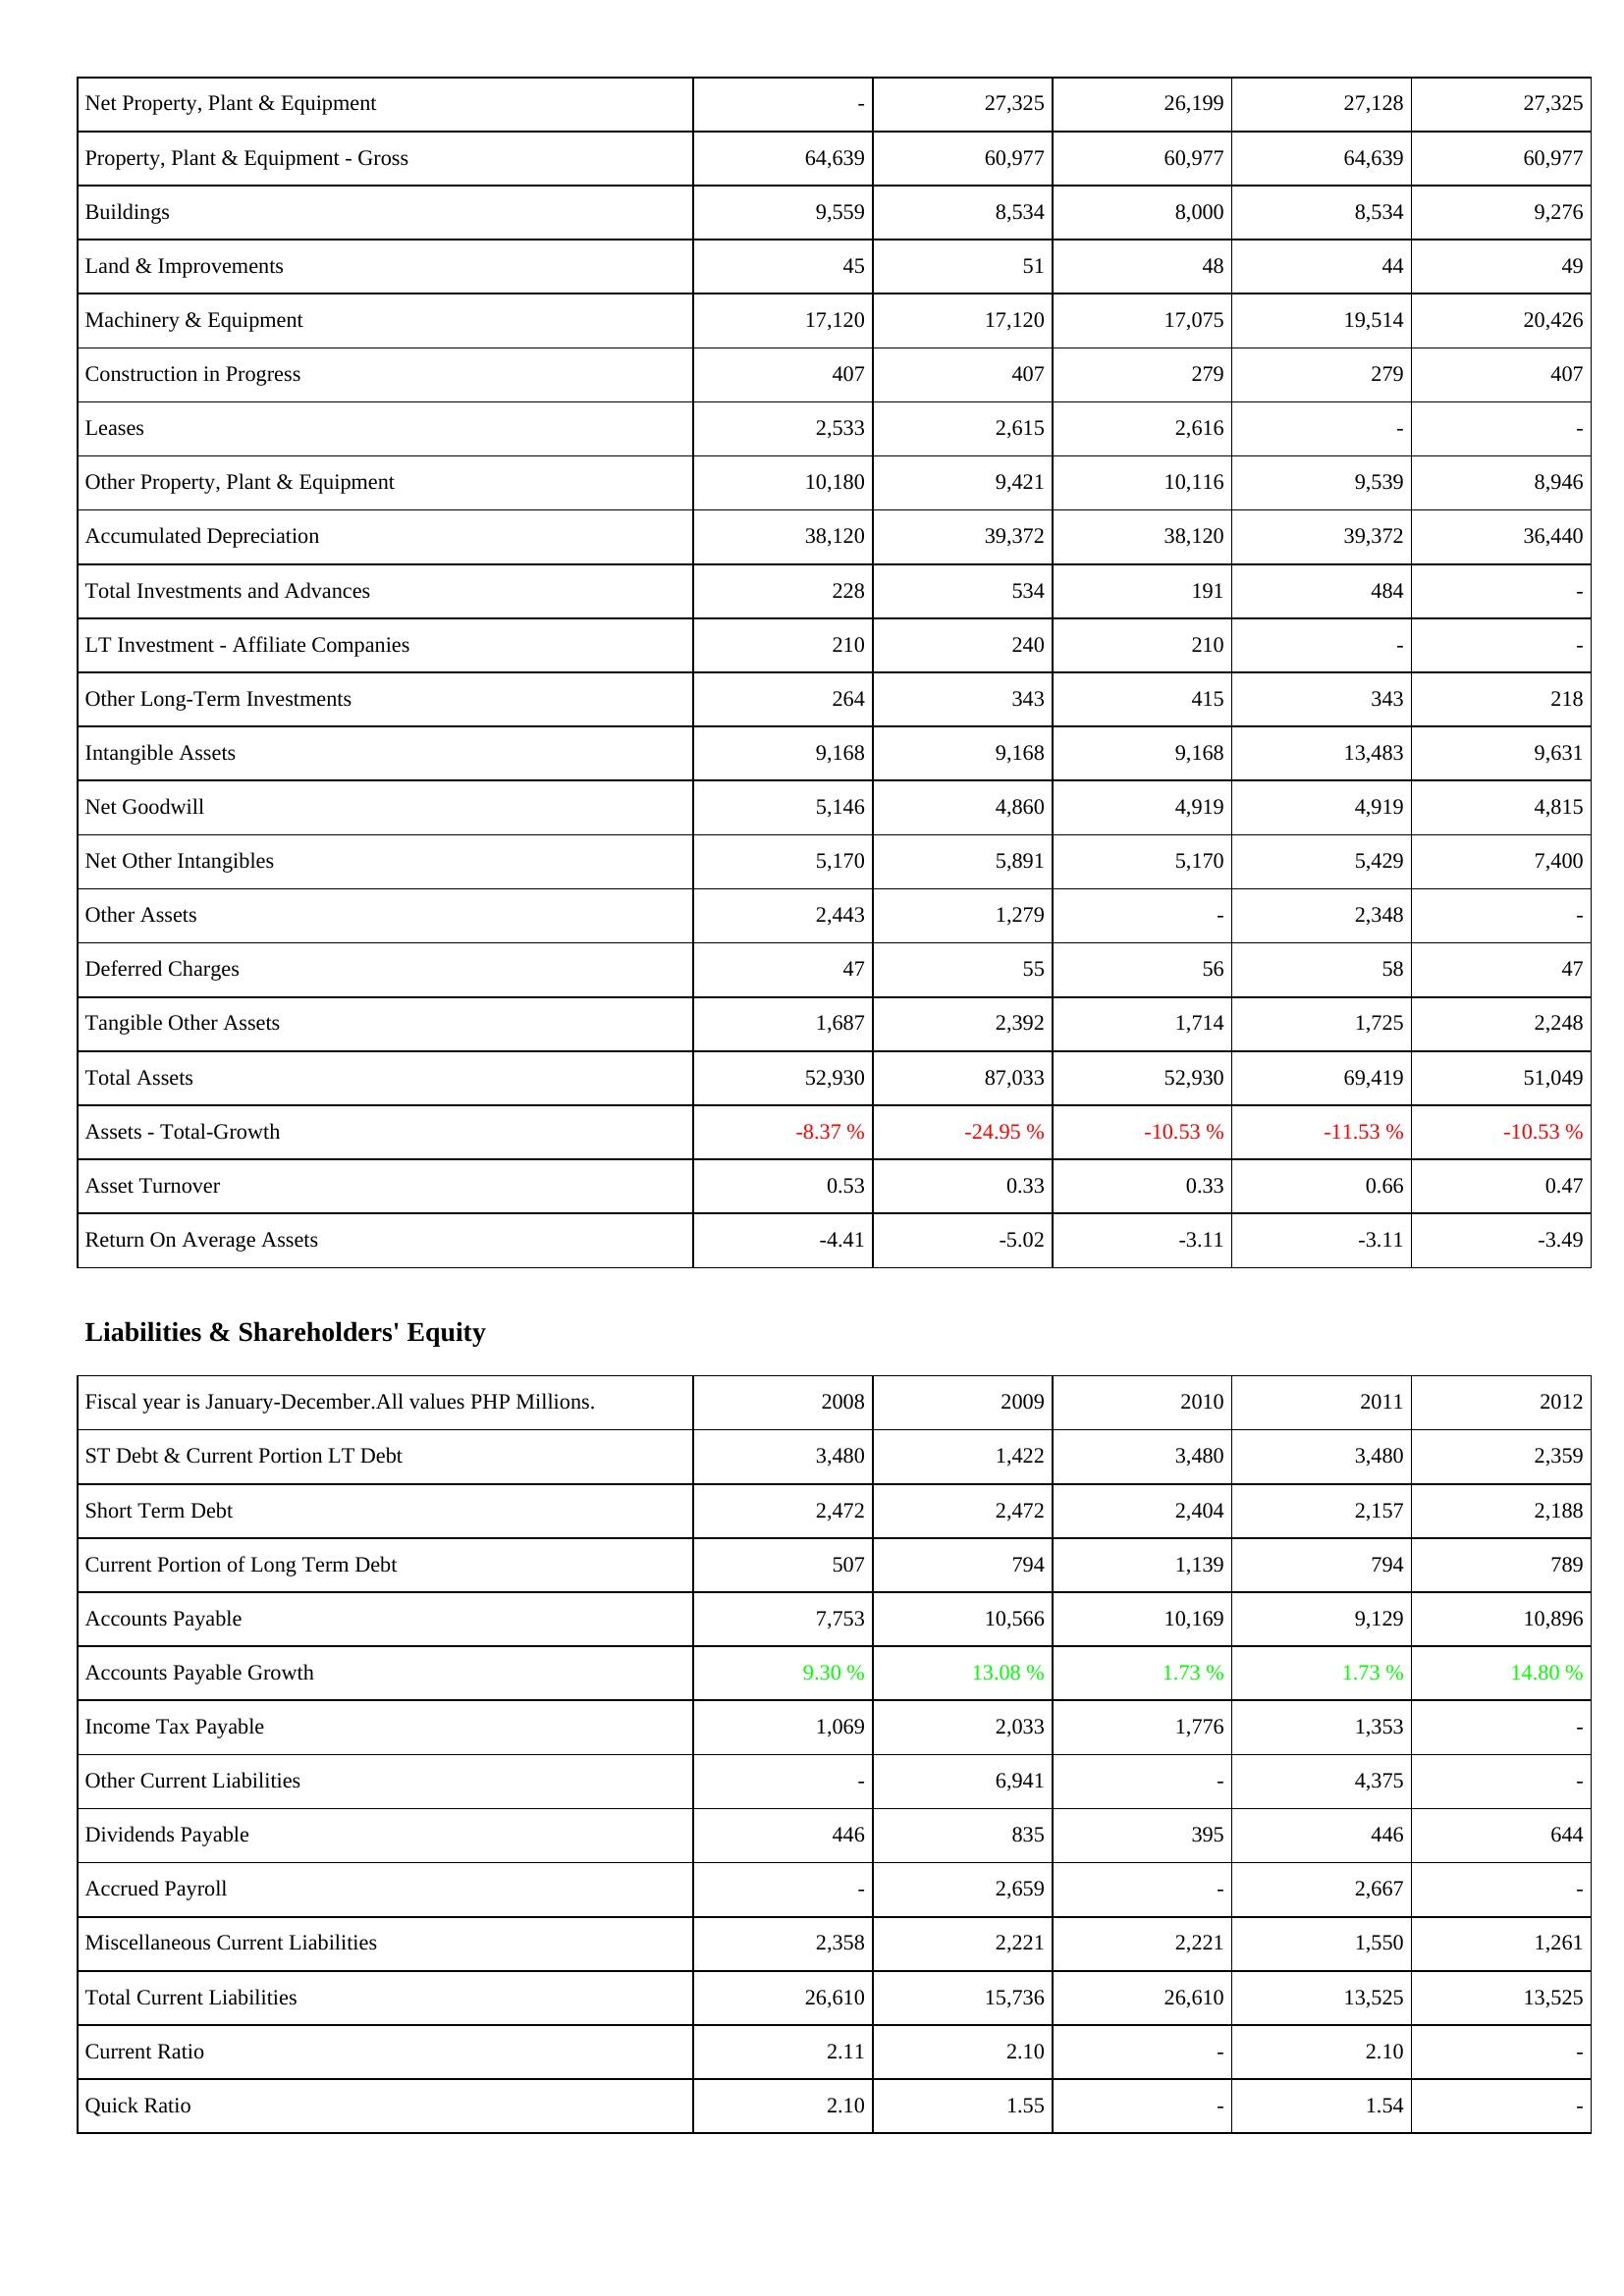
2008: Assets: Net Property, Plant & Equipment: -
Property, Plant & Equipment - Gross: 64,639
Buildings: 9,559
Land & Improvements: 45
Machinery & Equipment: 17,120
Construction in Progress: 407
Leases: 2,533
Other Property, Plant & Equipment: 10,180
Accumulated Depreciation: 38,120
Total Investments and Advances: 228
LT Investment - Affiliate Companies: 210
Other Long-Term Investments: 264
Intangible Assets: 9,168
Net Goodwill: 5,146
Net Other Intangibles: 5,170
Other Assets: 2,443
Deferred Charges: 47
Tangible Other Assets: 1,687
Total Assets: 52,930
Assets - Total-Growth: -8.37 %
Asset Turnover: 0.53
Return On Average Assets: -4.41
Liabilities & Shareholders' Equity: ST Debt & Current Portion LT Debt: 3,480
Short Term Debt: 2,472
Current Portion of Long Term Debt: 507
Accounts Payable: 7,753
Accounts Payable Growth: 9.30 %
Income Tax Payable: 1,069
Other Current Liabilities: -
Dividends Payable: 446
Accrued Payroll: -
Miscellaneous Current Liabilities: 2,358
Total Current Liabilities: 26,610
Current Ratio: 2.11
Quick Ratio: 2.10
2009: Assets: Net Property, Plant & Equipment: 27,325
Property, Plant & Equipment - Gross: 60,977
Buildings: 8,534
Land & Improvements: 51
Machinery & Equipment: 17,120
Construction in Progress: 407
Leases: 2,615
Other Property, Plant & Equipment: 9,421
Accumulated Depreciation: 39,372
Total Investments and Advances: 534
LT Investment - Affiliate Companies: 240
Other Long-Term Investments: 343
Intangible Assets: 9,168
Net Goodwill: 4,860
Net Other Intangibles: 5,891
Other Assets: 1,279
Deferred Charges: 55
Tangible Other Assets: 2,392
Total Assets: 87,033
Assets - Total-Growth: -24.95 %
Asset Turnover: 0.33
Return On Average Assets: -5.02
Liabilities & Shareholders' Equity: ST Debt & Current Portion LT Debt: 1,422
Short Term Debt: 2,472
Current Portion of Long Term Debt: 794
Accounts Payable: 10,566
Accounts Payable Growth: 13.08 %
Income Tax Payable: 2,033
Other Current Liabilities: 6,941
Dividends Payable: 835
Accrued Payroll: 2,659
Miscellaneous Current Liabilities: 2,221
Total Current Liabilities: 15,736
Current Ratio: 2.10
Quick Ratio: 1.55
2010: Assets: Net Property, Plant & Equipment: 26,199
Property, Plant & Equipment - Gross: 60,977
Buildings: 8,000
Land & Improvements: 48
Machinery & Equipment: 17,075
Construction in Progress: 279
Leases: 2,616
Other Property, Plant & Equipment: 10,116
Accumulated Depreciation: 38,120
Total Investments and Advances: 191
LT Investment - Affiliate Companies: 210
Other Long-Term Investments: 415
Intangible Assets: 9,168
Net Goodwill: 4,919
Net Other Intangibles: 5,170
Other Assets: -
Deferred Charges: 56
Tangible Other Assets: 1,714
Total Assets: 52,930
Assets - Total-Growth: -10.53 %
Asset Turnover: 0.33
Return On Average Assets: -3.11
Liabilities & Shareholders' Equity: ST Debt & Current Portion LT Debt: 3,480
Short Term Debt: 2,404
Current Portion of Long Term Debt: 1,139
Accounts Payable: 10,169
Accounts Payable Growth: 1.73 %
Income Tax Payable: 1,776
Other Current Liabilities: -
Dividends Payable: 395
Accrued Payroll: -
Miscellaneous Current Liabilities: 2,221
Total Current Liabilities: 26,610
Current Ratio: -
Quick Ratio: -
2011: Assets: Net Property, Plant & Equipment: 27,128
Property, Plant & Equipment - Gross: 64,639
Buildings: 8,534
Land & Improvements: 44
Machinery & Equipment: 19,514
Construction in Progress: 279
Leases: -
Other Property, Plant & Equipment: 9,539
Accumulated Depreciation: 39,372
Total Investments and Advances: 484
LT Investment - Affiliate Companies: -
Other Long-Term Investments: 343
Intangible Assets: 13,483
Net Goodwill: 4,919
Net Other Intangibles: 5,429
Other Assets: 2,348
Deferred Charges: 58
Tangible Other Assets: 1,725
Total Assets: 69,419
Assets - Total-Growth: -11.53 %
Asset Turnover: 0.66
Return On Average Assets: -3.11
Liabilities & Shareholders' Equity: ST Debt & Current Portion LT Debt: 3,480
Short Term Debt: 2,157
Current Portion of Long Term Debt: 794
Accounts Payable: 9,129
Accounts Payable Growth: 1.73 %
Income Tax Payable: 1,353
Other Current Liabilities: 4,375
Dividends Payable: 446
Accrued Payroll: 2,667
Miscellaneous Current Liabilities: 1,550
Total Current Liabilities: 13,525
Current Ratio: 2.10
Quick Ratio: 1.54
2012: Assets: Net Property, Plant & Equipment: 27,325
Property, Plant & Equipment - Gross: 60,977
Buildings: 9,276
Land & Improvements: 49
Machinery & Equipment: 20,426
Construction in Progress: 407
Leases: -
Other Property, Plant & Equipment: 8,946
Accumulated Depreciation: 36,440
Total Investments and Advances: -
LT Investment - Affiliate Companies: -
Other Long-Term Investments: 218
Intangible Assets: 9,631
Net Goodwill: 4,815
Net Other Intangibles: 7,400
Other Assets: -
Deferred Charges: 47
Tangible Other Assets: 2,248
Total Assets: 51,049
Assets - Total-Growth: -10.53 %
Asset Turnover: 0.47
Return On Average Assets: -3.49
Liabilities & Shareholders' Equity: ST Debt & Current Portion LT Debt: 2,359
Short Term Debt: 2,188
Current Portion of Long Term Debt: 789
Accounts Payable: 10,896
Accounts Payable Growth: 14.80 %
Income Tax Payable: -
Other Current Liabilities: -
Dividends Payable: 644
Accrued Payroll: -
Miscellaneous Current Liabilities: 1,261
Total Current Liabilities: 13,525
Current Ratio: -
Quick Ratio: -